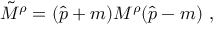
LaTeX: \tilde { M } ^ { \rho } = ( \hat { p } + m ) M ^ { \rho } ( \hat { p } - m ) \ ,